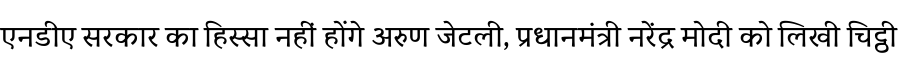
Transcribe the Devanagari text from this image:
एनडीए सरकार का हिस्सा नहीं होंगे अरुण जेटली, प्रधानमंत्री नरेंद्र मोदी को लिखी चिट्ठी